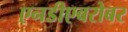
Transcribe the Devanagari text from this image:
एनडीएबरोबर